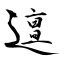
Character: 邅